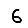
Digit: 6